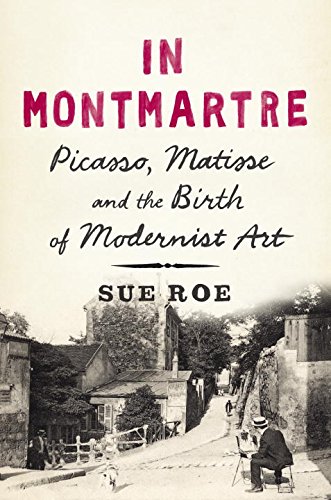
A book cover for In Montmartre: Picasso, Matisse and the Birth of Modernist Art; Sue Roe; Biographies & Memoirs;